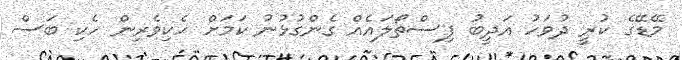
މޭޑޭގެ ކުރީ ދުވަހު އަދީބު ފިސްތޯލައެއް ގެންގުޅުނު ކަމަށް ހެކިވެރިން ހެކި ބަސް